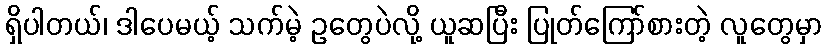
ရှိပါတယ်၊ ဒါပေမယ့် သက်မဲ့ ဥတွေပဲလို့ ယူဆပြီး ပြုတ်ကြော်စားတဲ့ လူတွေမှာ